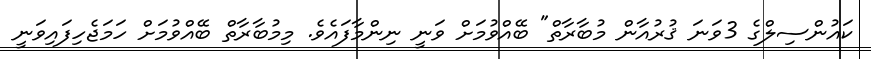
ކައުންސިލްގެ 3ވަނަ ޤުރުއާން މުބާރާތް" ބޭއްވުމަށް ވަނީ ނިންމާފައެވެ. މިމުބާރާތް ބޭއްވުމަށް ހަމަޖެހިފައިވަނީ